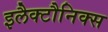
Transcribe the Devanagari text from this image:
इलैक्टौनिक्स